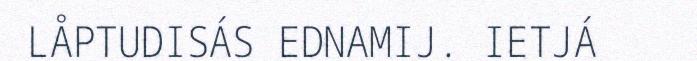
LÅPTUDISÁS EDNAMIJ. IETJÁ